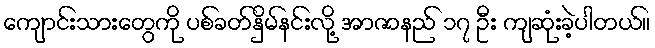
ကျောင်းသားတွေကို ပစ်ခတ်နှိမ်နင်းလို့ အာဇာနည် ၁၇ ဦး ကျဆုံးခဲ့ပါတယ်။